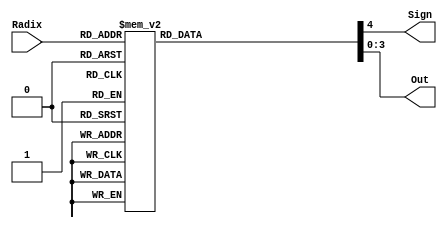
module RadixLookUpTable(Radix, Sign, Out);

input [4:0] Radix;
output reg Sign;
output reg [3:0] Out;

always @(Radix) begin
	case(Radix)
		5'b00000 : begin Out = 4'b0000; Sign = 1'b0; end
		5'b00001 : begin Out = 4'b0001; Sign = 1'b0; end
		5'b00010 : begin Out = 4'b0001; Sign = 1'b0; end
		5'b00011 : begin Out = 4'b0010; Sign = 1'b0; end
		5'b00100 : begin Out = 4'b0010; Sign = 1'b0; end
		5'b00101 : begin Out = 4'b0011; Sign = 1'b0; end
		5'b00110 : begin Out = 4'b0011; Sign = 1'b0; end
		5'b00111 : begin Out = 4'b0100; Sign = 1'b0; end
		5'b01000 : begin Out = 4'b0100; Sign = 1'b0; end
		5'b01001 : begin Out = 4'b0101; Sign = 1'b0; end
		5'b01010 : begin Out = 4'b0101; Sign = 1'b0; end
		5'b01011 : begin Out = 4'b0110; Sign = 1'b0; end
		5'b01100 : begin Out = 4'b0110; Sign = 1'b0; end
		5'b01101 : begin Out = 4'b0111; Sign = 1'b0; end
		5'b01110 : begin Out = 4'b0111; Sign = 1'b0; end
		5'b01111 : begin Out = 4'b1000; Sign = 1'b0; end
		5'b10000 : begin Out = 4'b1000; Sign = 1'b1; end
		5'b10001 : begin Out = 4'b0111; Sign = 1'b1; end
		5'b10010 : begin Out = 4'b0111; Sign = 1'b1; end
		5'b10011 : begin Out = 4'b0110; Sign = 1'b1; end
		5'b10100 : begin Out = 4'b0110; Sign = 1'b1; end
		5'b10101 : begin Out = 4'b0101; Sign = 1'b1; end
		5'b10110 : begin Out = 4'b0101; Sign = 1'b1; end
		5'b10111 : begin Out = 4'b0100; Sign = 1'b1; end
		5'b11000 : begin Out = 4'b0100; Sign = 1'b1; end
		5'b11001 : begin Out = 4'b0011; Sign = 1'b1; end
		5'b11010 : begin Out = 4'b0011; Sign = 1'b1; end
		5'b11011 : begin Out = 4'b0010; Sign = 1'b1; end
		5'b11100 : begin Out = 4'b0010; Sign = 1'b1; end
		5'b11101 : begin Out = 4'b0001; Sign = 1'b1; end
		5'b11110 : begin Out = 4'b0001; Sign = 1'b1; end
		5'b11111 : begin Out = 4'b0000; Sign = 1'b1; end


	endcase
end
endmodule
module tb_RadixLookupTable();

reg [4:0] Radix;
wire Sign;
wire [3:0] Out;

RadixLookupTable LUT(.Radix(Radix), .Sign(Sign), .Out(Out));

integer i;
initial begin
	for(i = 0; i < 32; i = i + 1) begin
		Radix = i;
		#100;
	end
end
endmodule